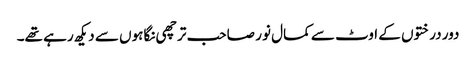
دور درختوں کے اوٹ سے کمال نور صاحب ترچھی نگاہوں سے دیکھ رہے تھے۔